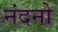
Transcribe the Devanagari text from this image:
नंदनो